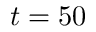
t = 5 0